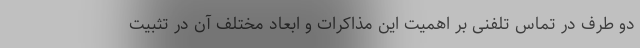
دو طرف در تماس تلفنی بر اهمیت این مذاکرات و ابعاد مختلف آن در تثبیت